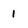
Character: i